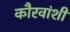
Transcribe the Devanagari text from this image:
कौरवांशी